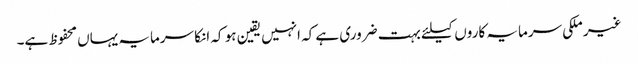
غیر ملکی سرمایہ کاروں کیلئے بہت ضروری ہے کہ انہیں یقین ہو کہ انکا سرمایہ یہاں محفوظ ہے۔